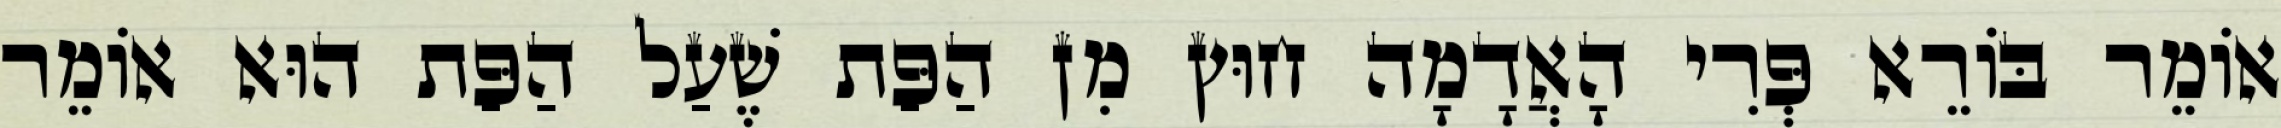
אוֹמֵר בּוֹרֵא פְּרִי הָאֲדָמָה חוּץ מִן הַפַּת שֶׁעַל הַפַּת הוּא אוֹמֵר